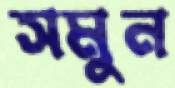
সমুন